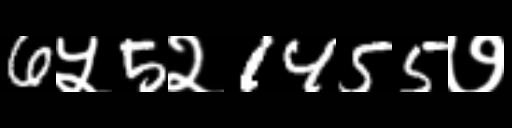
Text: 6५5२1455७